Laidoner,_Johan, lk 95
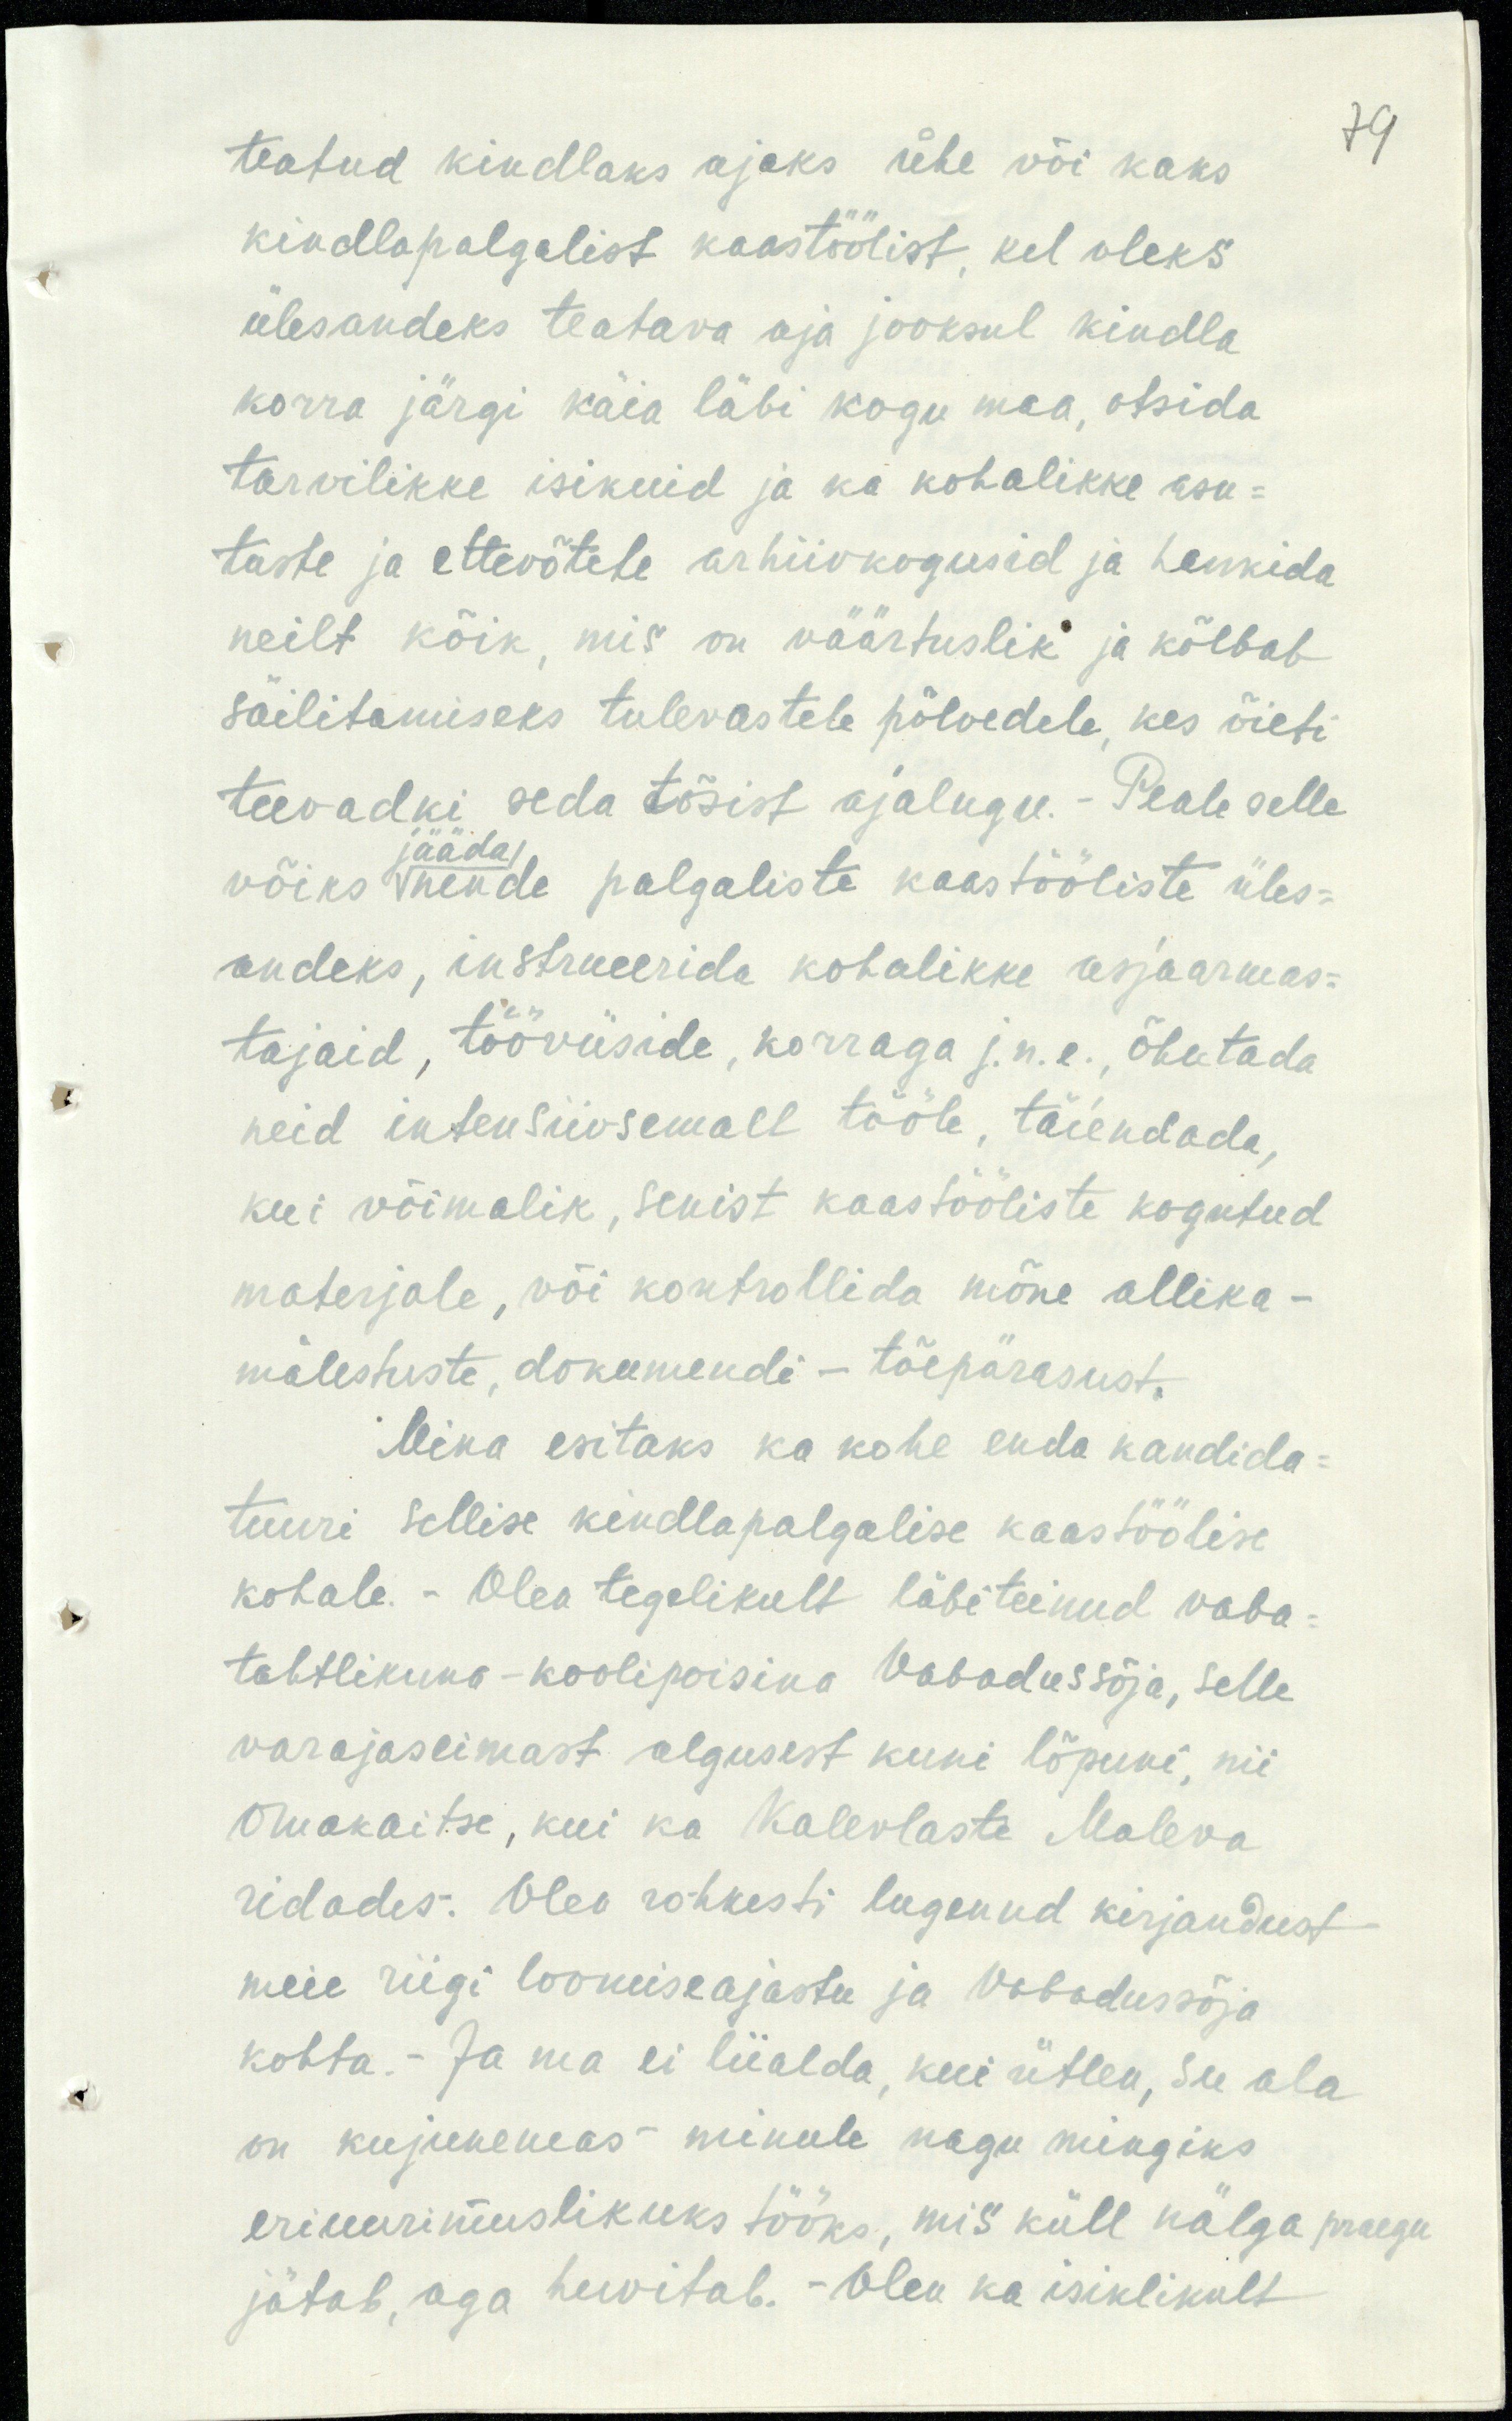
teatud kindlaks ajaks ühe või kaks
79
kindlapalgalist kaastöölist, kel oleks
ülesandeks teatava aja jooksul kindla
korra järgi käia läbi kogu maa, otsida
tarvilikke isikuid ja ka kohalikke asu-
tuste ja ettevõtele arhiivkogusid ja hankida
neilt kõik, mis on väärtuslik ja kõlbab
säilitamiseks tulevastele põlvedele, kes õieti
teevadki seda tõsist ajalugu. - Peale selle
sääda
võiks nende palgaliste kaastööliste üles-
andeks, instrueerida kohalikke asjaarmas-
tajaid, tööviiside, korraga j.n.e., õhutada
neid intensiivsemalt tööle, täiendada
kui võimalik, senist kaastööliste kogutud
materjale, või kontrollida mõne allika-
mälestuste, dokumendi - tõepärasust.
Mina esitaks ka kohe enda kandida-
tuuri sellise kindlapalgalise kaastöölise
kohale. - Olen tegelikult läbi teinud vaba-
tahtlikuna-koolipoisina Vabadussõja, selle
varajaseimast algusest kuni lõpuni, nii
Omakaitse, kui ka Kalevlaste Maleva
ridades. Olen rohkesti lugenud kirjandust
meie riigi loomiseajastu ja Vabadussõja
kohta.- Ja ma ei liialda, kui ütlen, see ala
on kujunemas minule nagu mingiks
eriuurimuslikuks tööks, mis küll nälga praegu
jätab, aga huvitab. - Olen ka isiklikult